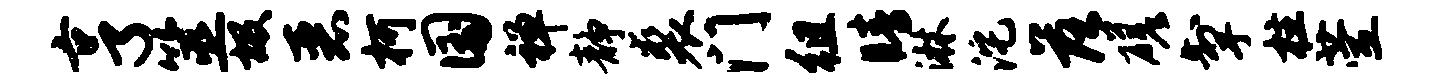
亨筮圾恶柯国禅静裘门徂睛淋沱落磋掣柱萱